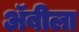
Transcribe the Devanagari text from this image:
अॅबीला